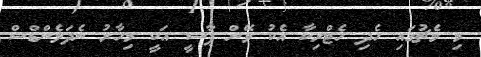
މި މެޗުގައި ހެދި ހެޓްރިކާ އެކު ވޭން ޕާސީ އަކީ މިހާރު ނެދަލެންޑްސް